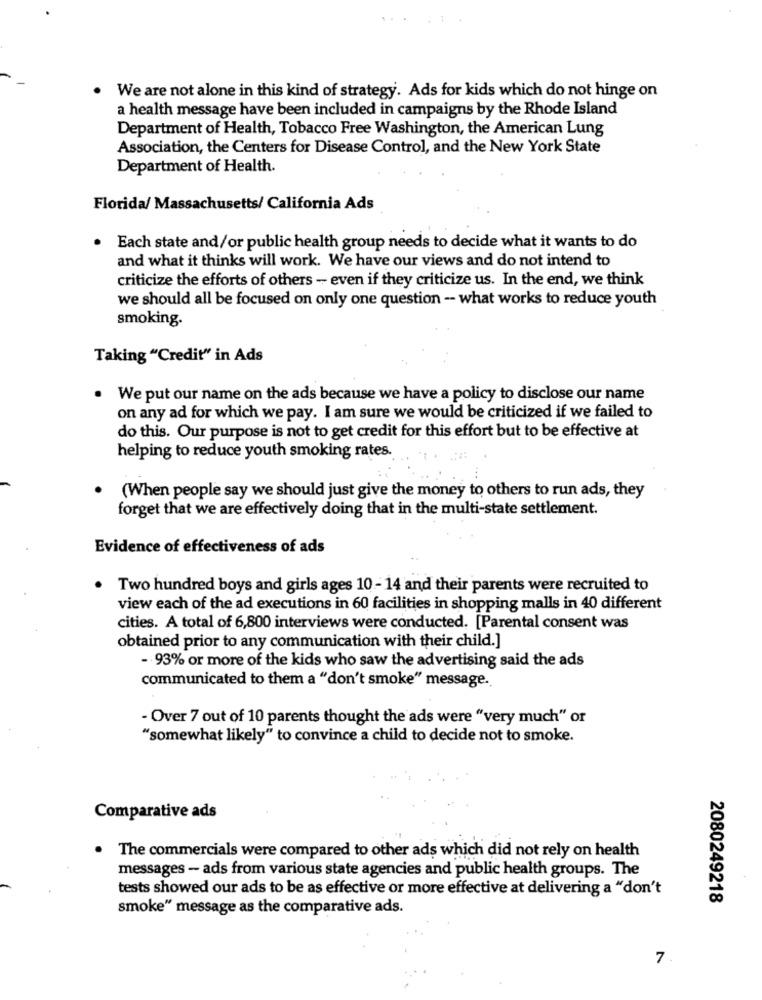
We are not alone in this kind of strategy. Ads for kids which do not hinge on
a health message have been included in campaigns by the Rhode Island
Department of Health, Tobacco Free Washington, the American Lung
Association, the Centers for Disease Control, and the New York State
Department of Health.
Florida/ Massachusetts/ California Ads
. Each state and/or public health group needs to decide what it wants to do
and what it thinks will work. We have our views and do not intend to
criticize the efforts of others - even if they criticize us. In the end, we think
we should all be focused on only one question -- what works to reduce youth
smoking.
Taking "Credit" in Ads
We put our name on the ads because we have a policy to disclose our name
on any ad for which we pay. I am sure we would be criticized if we failed to
do this. Our purpose is not to get credit for this effort but to be effective at
helping to reduce youth smoking rates.
(When people say we should just give the money to others to run ads, they
forget that we are effectively doing that in the multi-state settlement.
Evidence of effectiveness of ads
Two hundred boys and girls ages 10 - 14 and their parents were recruited to
view each of the ad executions in 60 facilities in shopping malls in 40 different
cities. A total of 6,800 interviews were conducted. [Parental consent was
obtained prior to any communication with their child.]
- 93% or more of the kids who saw the advertising said the ads
communicated to them a "don't smoke" message.
- Over 7 out of 10 parents thought the ads were "very much" or
"somewhat likely" to convince a child to decide not to smoke.
Comparative ads
The commercials were compared to other ads which did not rely on health
messages - ads from various state agencies and public health groups. The
tests showed our ads to be as effective or more effective at delivering a "don't
2080249218
smoke" message as the comparative ads.
7.